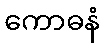
ကောဓနံ